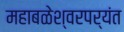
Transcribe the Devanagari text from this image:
महाबळेश्वरपर्यंत